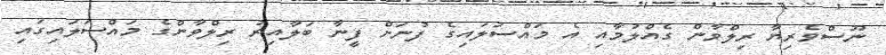
ނޫސްވެރިޔާ ރިލްވާން ގެއްލުމާއި އެ މައްސަލައިގެ ފުނަށް ފީނާ ބަލާއިރު ރިލްވާންގެ މައްސަލައިގައި